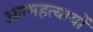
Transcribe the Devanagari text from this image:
आत्महत्यायों